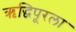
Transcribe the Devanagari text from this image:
ऋद्धिपूरला